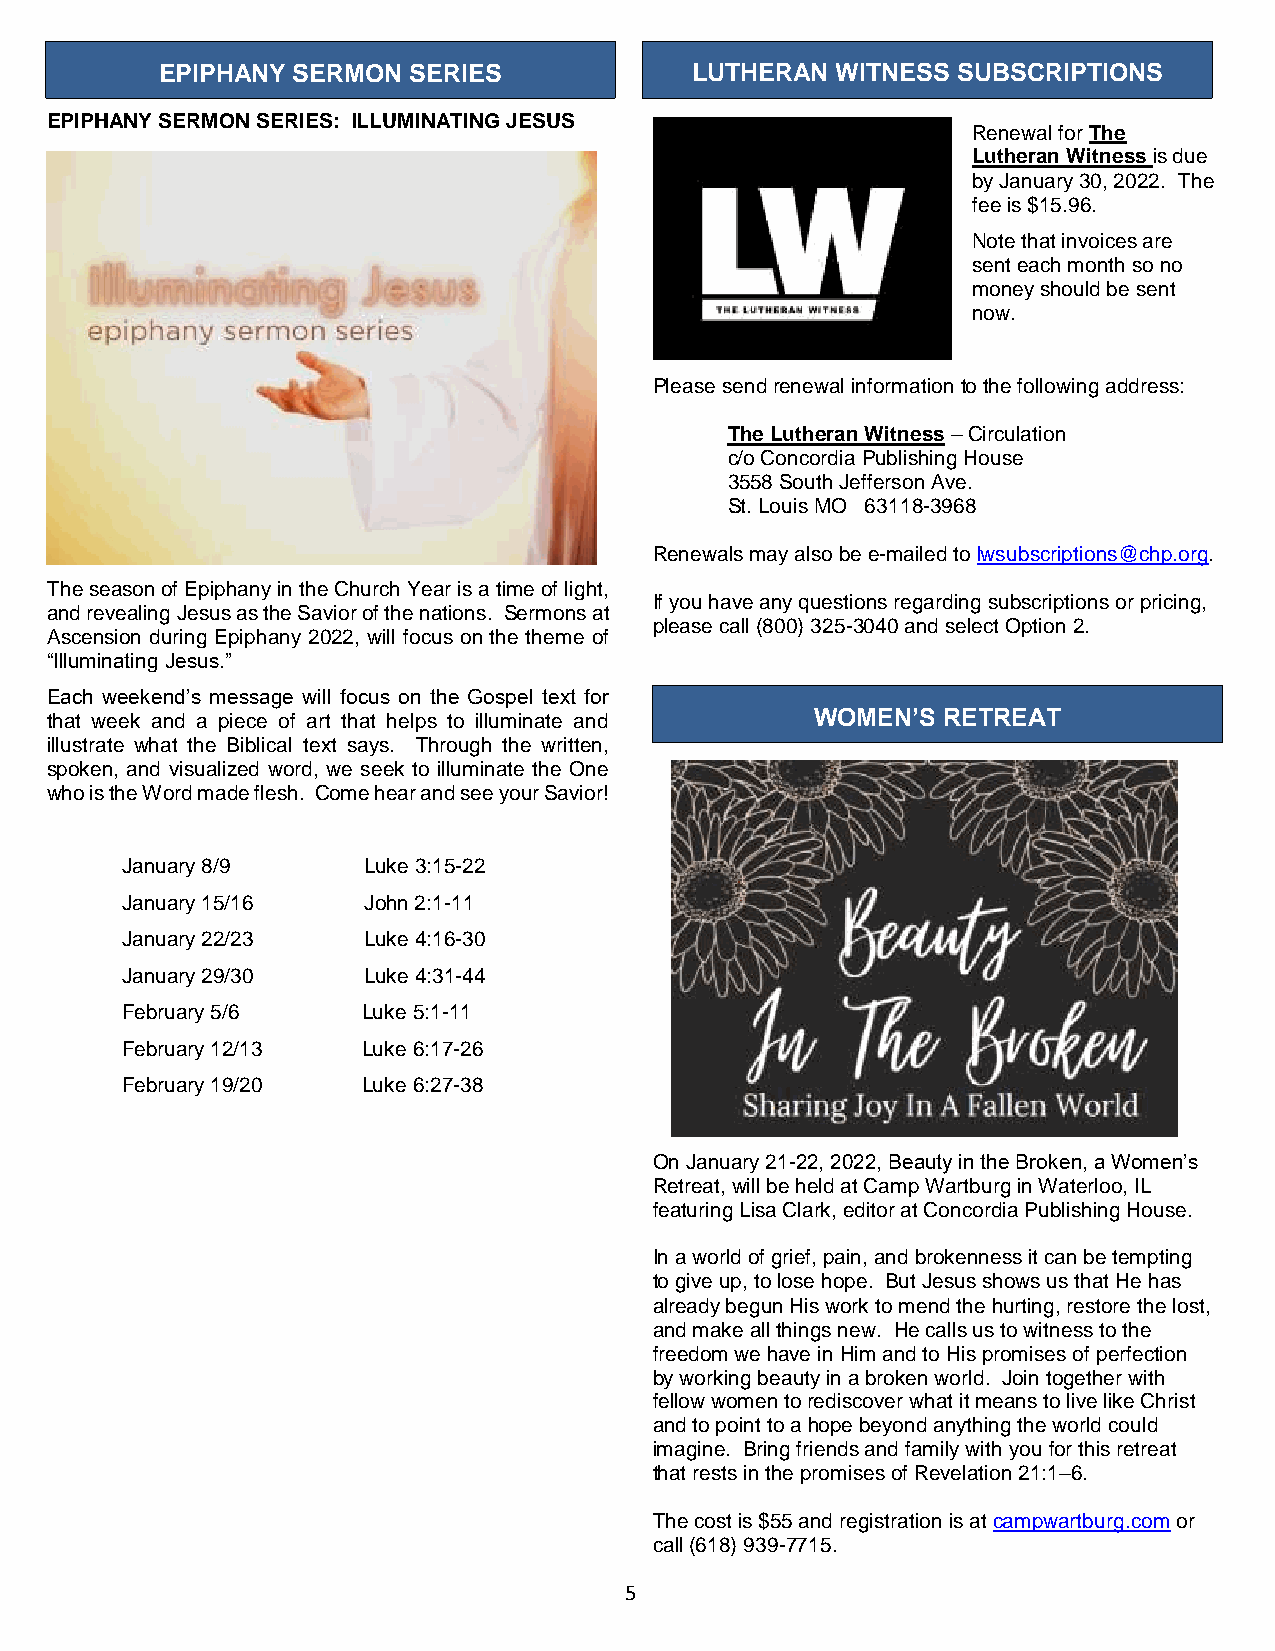
EPIPHANY SERMON SERIES             LUTHERAN WITNESS SUBSCRIPTIONS
 EPIPHANY SERMON SERIES: ILLUMINATING JESUS
 Renewal for The
 Lutheran Witness is due
 by January 30, 2022. The
 fee is $15.96.
 Note that invoices are
 sent each month so no
 money should be sent
 now.
 Please send renewal information to the following address:
 The Lutheran Witness – Circulation
 c/o Concordia Publishing House
 3558 South Jefferson Ave.
 St. Louis MO 63118-3968
 Renewals may also be e-mailed to lwsubscriptions@chp.org.
 The season of Epiphany in the Church Year is a time of light,
 If you have any questions regarding subscriptions or pricing,
 and revealing Jesus as the Savior of the nations. Sermons at
 please call (800) 325-3040 and select Option 2.
 Ascension during Epiphany 2022, will focus on the theme of
 “Illuminating Jesus.”
 Each weekend’s message will focus on the Gospel text for
 that week and a piece of art that helps to illuminate and WOMEN’S RETREAT
 illustrate what the Biblical text says. Through the written,
 spoken, and visualized word, we seek to illuminate the One
 who is the Word made flesh. Come hear and see your Savior!
 January 8/9     Luke 3:15-22
 January 15/16   John 2:1-11
 January 22/23   Luke 4:16-30
 January 29/30   Luke 4:31-44
 February 5/6    Luke 5:1-11
 February 12/13  Luke 6:17-26
 February 19/20  Luke 6:27-38
 On January 21-22, 2022, Beauty in the Broken, a Women’s
 Retreat, will be held at Camp Wartburg in Waterloo, IL
 featuring Lisa Clark, editor at Concordia Publishing House.
 In a world of grief, pain, and brokenness it can be tempting
 to give up, to lose hope. But Jesus shows us that He has
 already begun His work to mend the hurting, restore the lost,
 and make all things new. He calls us to witness to the
 freedom we have in Him and to His promises of perfection
 by working beauty in a broken world. Join together with
 fellow women to rediscover what it means to live like Christ
 and to point to a hope beyond anything the world could
 imagine. Bring friends and family with you for this retreat
 that rests in the promises of Revelation 21:1–6.
 The cost is $55 and registration is at campwartburg.com or
 call (618) 939-7715.
 5